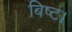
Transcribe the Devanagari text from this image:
बिष्ट।